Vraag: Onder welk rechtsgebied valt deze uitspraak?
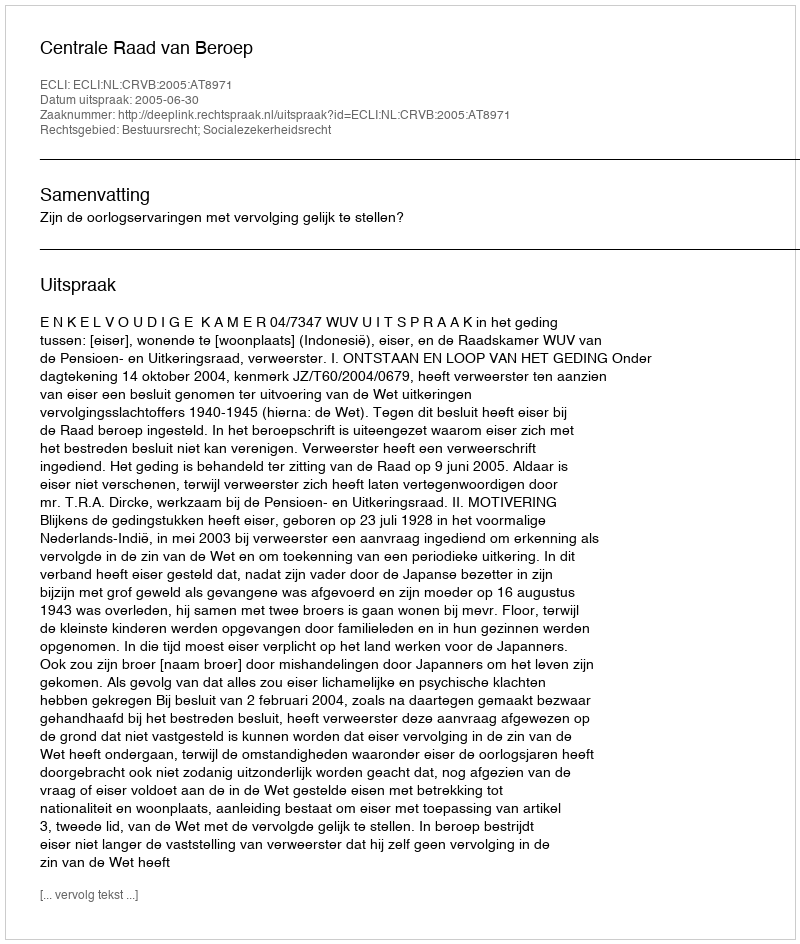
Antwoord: Bestuursrecht; Socialezekerheidsrecht